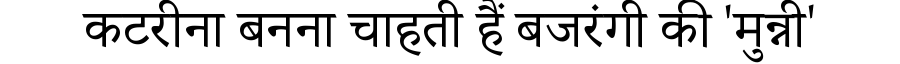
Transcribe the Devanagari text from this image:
कटरीना बनना चाहती हैं बजरंगी की 'मुन्नी'